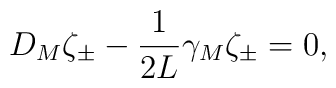
{  D_M \zeta_\pm - {1 \over 2L} \gamma_M \zeta_\pm = 0 ,}